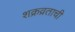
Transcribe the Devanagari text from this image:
शक्रव्रताची